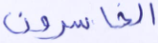
الخاسرون